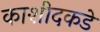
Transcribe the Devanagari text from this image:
काशीदकडे